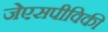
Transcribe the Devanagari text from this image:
जेएसपीविकी